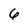
Character: 6